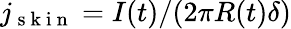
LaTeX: j_{\mathrm{~s~k~i~n~}}=I(t)/(2\pi R(t)\delta)